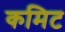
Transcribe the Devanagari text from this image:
कमिट